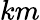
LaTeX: km